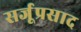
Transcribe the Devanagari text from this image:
सर्जूप्रसाद